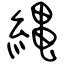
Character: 縄